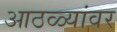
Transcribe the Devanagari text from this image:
आठळ्यांवर